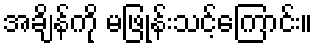
အချိန်ကို မဖြုန်းသင့်ကြောင်း။